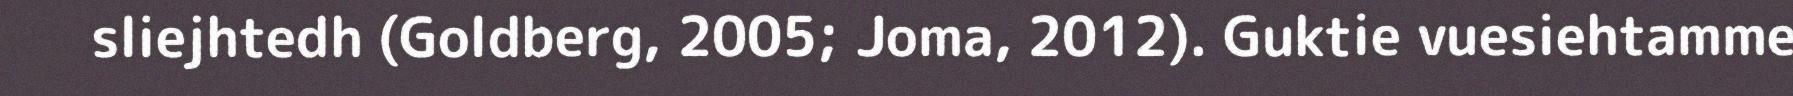
sliejhtedh (Goldberg, 2005; Joma, 2012). Guktie vuesiehtamme